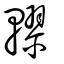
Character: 轇